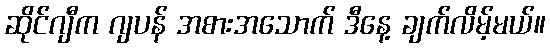
ဆိုင်ဂျီက ဂျပန် အစားအသောက် ဒီနေ့ ချက်လိမ့်မယ်။